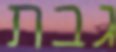
גבת